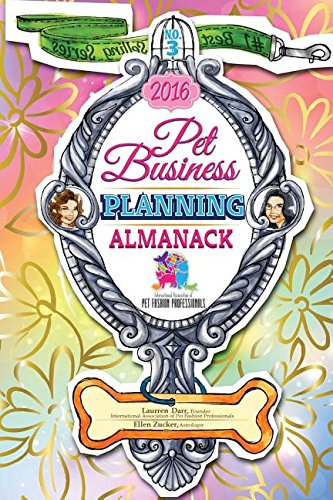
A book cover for Pet Business Planning Almanack - 2016; Laurren Darr; Reference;